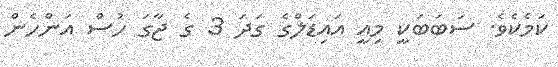
ކަމެކެވެ. ސަބަބަކީ މިއީ އައިޑަލްގެ ގަދަ 3 ގެ ޖާގަ ހުސް އަންހެން